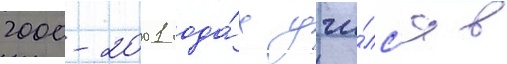
2000-2001 года́х учи́лс'я в